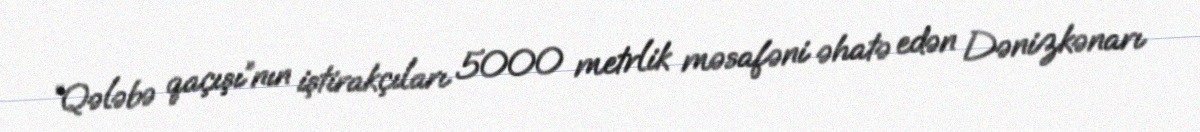
“Qələbə qaçışı”nın iştirakçıları 5000 metrlik məsafəni əhatə edən Dənizkənarı